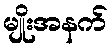
မျိုးအနက်